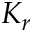
K _ { r }